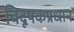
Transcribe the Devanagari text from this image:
विदूषकप्रधान